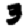
Digit: 3